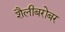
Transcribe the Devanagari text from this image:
शैलीबरोबर